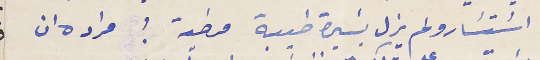
اسَتسَار ولم يزل بسَيرة طيبة مرضية ؛ مراده ان